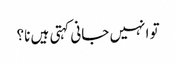
تو انہیں جانی کہتی ہیں نا؟